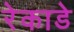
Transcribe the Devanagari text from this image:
रेकाडे